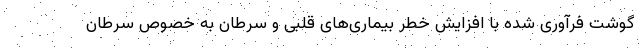
گوشت فرآوری شده با افزایش خطر بیماری‌های قلبی و سرطان به خصوص سرطان